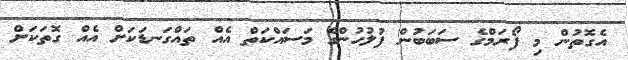
އެގޮތުން މި ފޯރަމްގެ ސަބަބުން ފުލުހުންގެ މަސައްކަތް އެއް ތައްގަނޑަކަށް އެއް ގޮތަކަށް